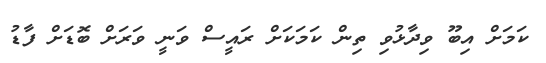
ކަމަށް އިބޫ ވިދާޅުވި ތިން ކަމަކަށް ރައީސް ވަނީ ވަރަށް ބޮޑަށް ފާޑު